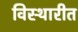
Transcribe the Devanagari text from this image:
विस्थारीत